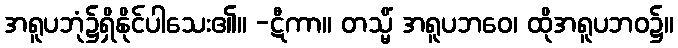
အရူပဘုံ၌ရှိနိုင်ပါသေး၏။ -ဋီကာ။ တသ္မိံ အရူပဘဝေ၊ ထိုအရူပဘဝ၌။